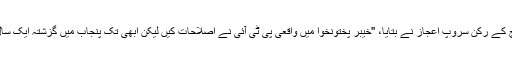
اس حوالے سے ڈی ڈبلیو کو پاکستان میں ہیومن رائٹس واچ کے رکن سروپ اعجاز نے بتایا، ''خیبر پختونخوا میں واقعی پی ٹی آئی نے اصلاحات کیں لیکن ابھی تک پنجاب میں گزشتہ ایک سال کے دوران کوئی ایسے خاص اقدامات نہیں اٹھائے گئے۔